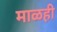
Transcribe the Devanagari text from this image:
माळही